Vaccination in Burma 1920-1933 - 1920-1933
Year: 1920
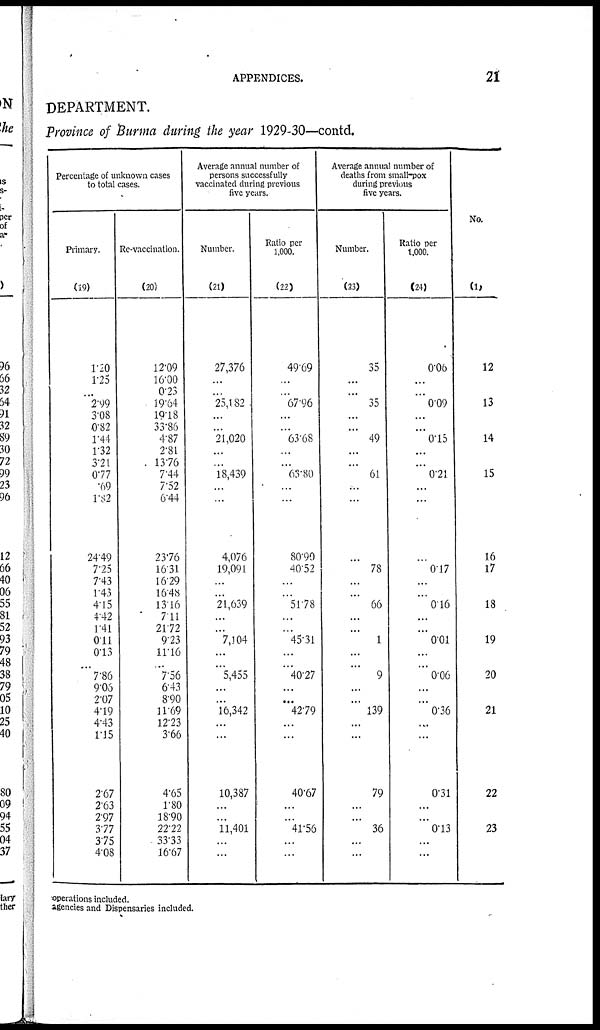
APPENDICES.
21
DEPARTMENT.
Province of Burma during the year 1929-30—contd.
Percentage of unknown cases
to total cases.
Primary.
(19)
1.20
1.25
...
2.99
3.08
0.82
1.44
1.32
3.21
0.77
.69
1.82
24.49
7.25
7.43
1.43
4.15
4.42
1.41
0.11
0.13
... 7.86
9.06
2.07
4.19
4.43
1.15
2.67
2.63
2.97
3.77
3.75
4.08
Re-vaccination.
(20)
12.09
16.00
0.23
19.64
19.18
33.86
4.87
2.81
13.76
7.44
7.52
6.44
23.76
16.31
16.29
16.48
13.16
7.11
21.72
9.23
11.16
... 7.56
6.43
8.90
11.69
12.23
3.66
4.65
1.80
18.90
22.22
33.33
16.67
Average annual number of
persons successfully
vaccinated during previous
five years.
Number.
(21)
27,376
...
...
25,182
...
...
21,020
...
...
18,439
...
...
4,076
19,091
...
...
21,639
...
...
7,104
...
...
5,455
...
...
16,342
...
...
10,387
...
...
11,401
...
...
Ratio per
1,000.
(22)
49.69
...
...
67.96
...
...
63.68
...
...
63.80
...
...
80.90
40.52
...
...
51.78
...
...
45.31
...
...
40.27
...
...
42.79
...
...
40.67
...
...
41.56
...
...
Average annual number of
deaths from small-pox
during previous
five years.
Number.
(23)
35
...
...
35
...
...
49
...
...
61
...
...
...
78
...
...
66
...
...
1
...
... 9
...
...
139
...
...
79
...
...
36
...
...
Ratio per
1,000.
(24)
0.06
...
...
0.09
...
...
0.15
...
...
0.21
...
...
...
0.17
...
...
0.16
...
...
0.01
...
... 0.06
...
...
0.36
...
...
0.31
...
...
0.13
...
...
No.
(1)
12
13
14
15
16
17
18
19
20
21
22
23
operations included.
agencies and Dispensaries included.